Annual report on the lock hospitals of the Madras Presidency
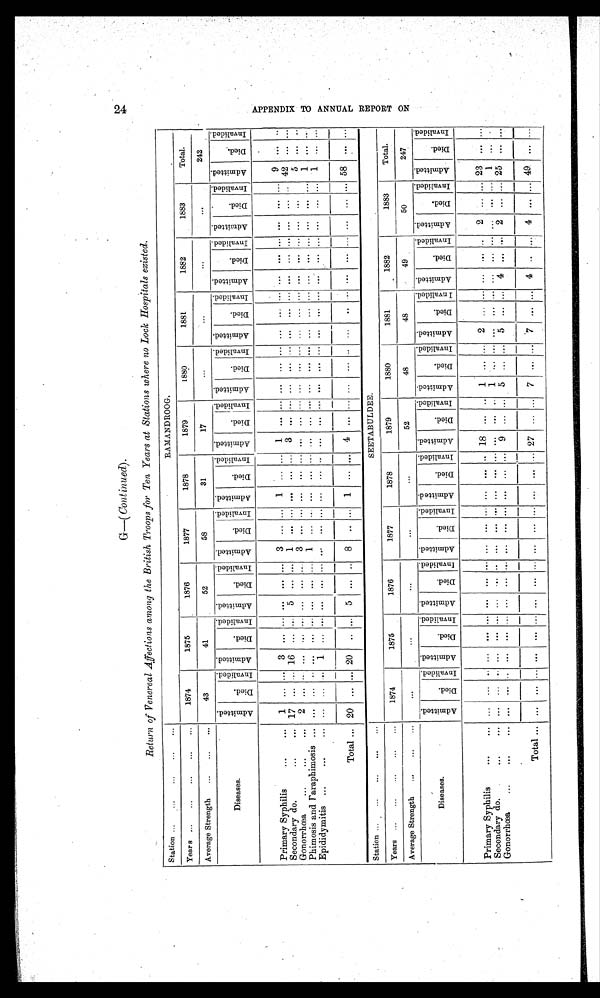
G—( Continued).
Return of Venereal Affections among the British Troops for Ten Years at Stations where no Lock Hospitals existed.
Station ... ... ... ...
RAMANDROOG.
Years ... ... ...
...
...
1874
1875
1876
1877
1878
1879
1880
1881
1882
1883
Total.
Average Strength ... ... ...
43
41
52
58
31
17
...
... ...
...
242
Diseases .
A d m i t t e d .
D i e d .
I n v a l i d e d . A d m i t t e d .
D i e d .
I n v a l i d e d . A d m i t t e d .
D i e d .
I n v a l i d e d . A d m i t t e d .
D i e d .
I n v a l i d e d . A d m i t t e d .
D i e d .
I n v a l i d e d . A d m i t t e d .
D i e d .
I nv al i ded. A d m i t t e d .
D i e d .
I n v a l i d e d . A d m i t t e d .
D i e d .
I n v a l i d e d . A d m i t t e d .
D i e d .
I n v a l i d e d . A d m i t t e d . D i e d . I n v a l i d e d . A d m i t t e d .
D i e d .
I n v a l i d e d .
Primary Syphilis
...
... 1 ... ...
3
... ... ... ... ...
3
... ...
1
... ...
1
... ... ... ... ... ... ... ... ... ... ... ... ... ...
9
. . .
. .
Secondary do.
...
... 17 ... .. 16 ... .. 5 ... ... 1 ... ... ... ... ... 3 ... ... ... ...
... ... ... ... ... ... ... ...
... .. 42 ... . . .
Gonorrhœa
...
...
... 2 ... .. ... ... ... ... ...
...
3
... ... ... ... ... ... ... ... ... ... ... ... ... ... ... ... ... ... ... ...
5
...
Phimosis and Paraphimosis ... ... ... .. ... ...
... ... ... ...
1
...
... ... ...
... ... ... ... ... ... ... ... ... ... ... ... ... ... ...
1
... ...
Epididymitis ...
...
... ... ...
...
1
... ... ... ... ... ... ... ... ... ... ... ... ... ... ... ... ... ... ... ... ... ... ... ... ... ...
1 ... ...
Total ... 20 ... ... 20
... ...
5
... ...
8 .. ... 1 ... ... 4 ...
...
... ... .. ...
... ... ... ... ... ... ... ...
5 8
... ...
Station ... ... ... ... ...
SEETABULDEE.
Years ...
... ...
1874
1875
1876
1877
1878
1879
1880
1881
1882
1883
Total.
Average Strength ..,
... ...
. . .
...
...
...
...
52
48
48
49
50
247
Diseases.
A d m i t t e d .
D i e d .
I n v a l i d e d . A d m i t t e d .
D i e d .
I n v a l i d e d . A d m i t t e d .
D i e d .
I n v a l i d e d .
A d m i t t e d .
D i e d .
I n v a l i d e d . A d m i t t e d .
D i e d .
I n v a l i d e d . A d m i t t e d .
D i e d .
I n v a l i d e d . A d m i t t e d .
D i e d .
I n v a l i d e d . A d m i t t e d .
D i e d .
I n v a l i d e d . A d m i t t e d .
D i e d .
I n v a l i d e d . A d m i t t e d .
Died.
I n v a l i d e d . A d m i t t e d .
Di e d .
I n v a l i d e d .
Primary Syphilis
...
... ... ... ... ... ... ... ... ... ... ... ... ... ... ...
18
... ...
1 ...
...
2 ... ... ... ... .. 2 ... ... 23 ... ...
Secondary do. ...
... ... ... ... ... ... ... ... ... ... ... ... ... ... ... ... ... ...
1
... ... ... ... ... ... ... ... ... ... ...
1
... ...
Gonorrhœa ...
...
... ... ... ... ... ... ... ... ... ... ... ... ... ... ...
9 ... ...
—
5 ... ... 5 ... ... 4 ... ... 2 ... ... 25 ... ...
Total
... ... ... ... ... ... ... ... ... ... ... ... ... ... ... ...
2 7
... ...
7
... ...
7
... ...
4 .. ... 4
...
...
49 ...
...
24
A P P E N D I X T O A N N U A L R E P O R T O N